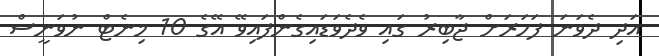
އަދި ދެވަނަ ފަހަރަށް ޖާބިރު ގައި ވެދެވަޑައިގެންފައިވޭ އޭގެ 10 މިނެޓް ނުވަނީސް